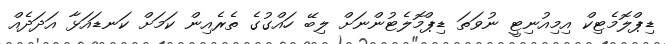
ޑިޕްލޮމެޓިކް އިމިއުނިޓީ ނުވަތަ ޑިޕްމޮލެޓުންނަށް ލިބޭ ހައްގުގެ ތެރެއިން ކަމަށް ކަނޑައަޅާ އަދަދެއް